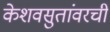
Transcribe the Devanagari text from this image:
केशवसुतांवरची